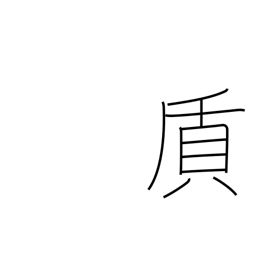
Meaning: material